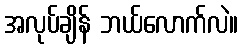
အလုပ်ချိန် ဘယ်လောက်လဲ။